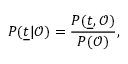
P ( \underline { { t } } | \mathcal { O } ) = \frac { P ( \underline { { t } } , \mathcal { O } ) } { P ( \mathcal { O } ) } ,